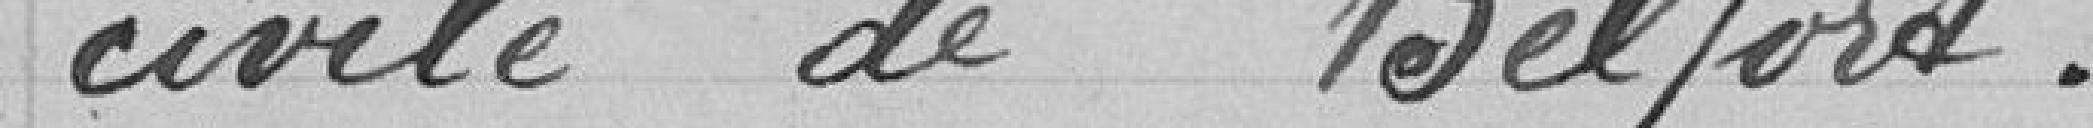
civile de Belfort